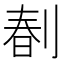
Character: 𠝩